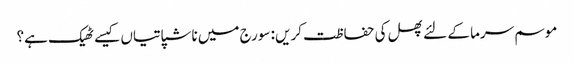
موسم سرما کے لئے پھل کی حفاظت کریں: سورج میں ناشپاتیاں کیسے ٹھیک ہے؟